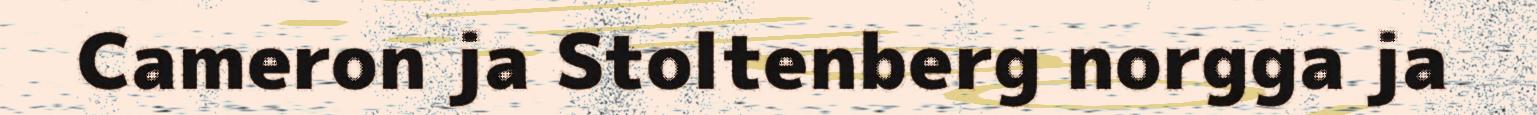
Cameron ja Stoltenberg norgga ja